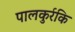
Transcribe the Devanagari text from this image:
पालकुर्रकि